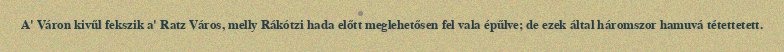
A' Váron kivűl fekszik a' Ratz Város, melly Rákótzi hada előtt meglehetősen fel vala épűlve; de ezek által háromszor hamuvá tétettetett.